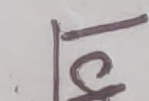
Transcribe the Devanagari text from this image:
झ